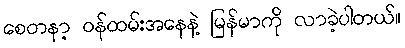
စေတနာ့ ဝန်ထမ်းအနေနဲ့ မြန်မာကို လာခဲ့ပါတယ်။